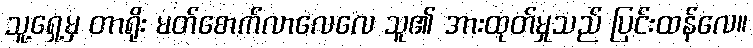
သူ့ရှေ့မှ တာရိုး မတ်စောက်လာလေလေ သူ၏ အားထုတ်မှုသည် ပြင်းထန်လေ။